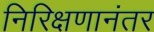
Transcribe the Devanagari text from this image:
निरिक्षणानंतर